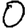
Digit: 0